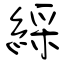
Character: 綵